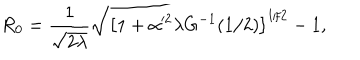
R _ { 0 } = \frac { 1 } { \sqrt { 2 \lambda } } \sqrt { \left[ 1 + \alpha ^ { 2 } \lambda G ^ { - 1 } ( 1 / 2 ) \right] ^ { 1 / 2 } - 1 } ,